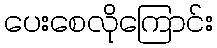
ပေးစေလိုကြောင်း